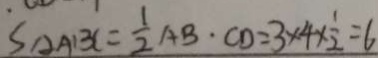
S _ { \Delta A B C } = \frac { 1 } { 2 } A B \cdot C D = 3 \times 4 \times \frac { 1 } { 2 } = 6